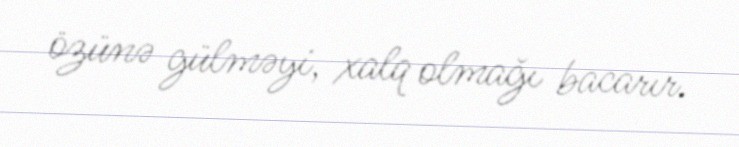
özünə gülməyi, xalq olmağı bacarır.